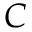
C